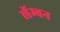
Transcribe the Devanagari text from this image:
लॅम्बन